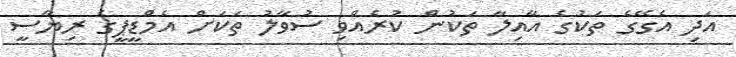
އަދި އެގޭގެ ތަކުގެ އާއިލާ ތަކުން ކުރެއްވި ސުވާލު ތަކަށް އެމްޑީޕީގެ ރިޔާސީ